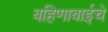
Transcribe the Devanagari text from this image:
बहिणाबाईचे